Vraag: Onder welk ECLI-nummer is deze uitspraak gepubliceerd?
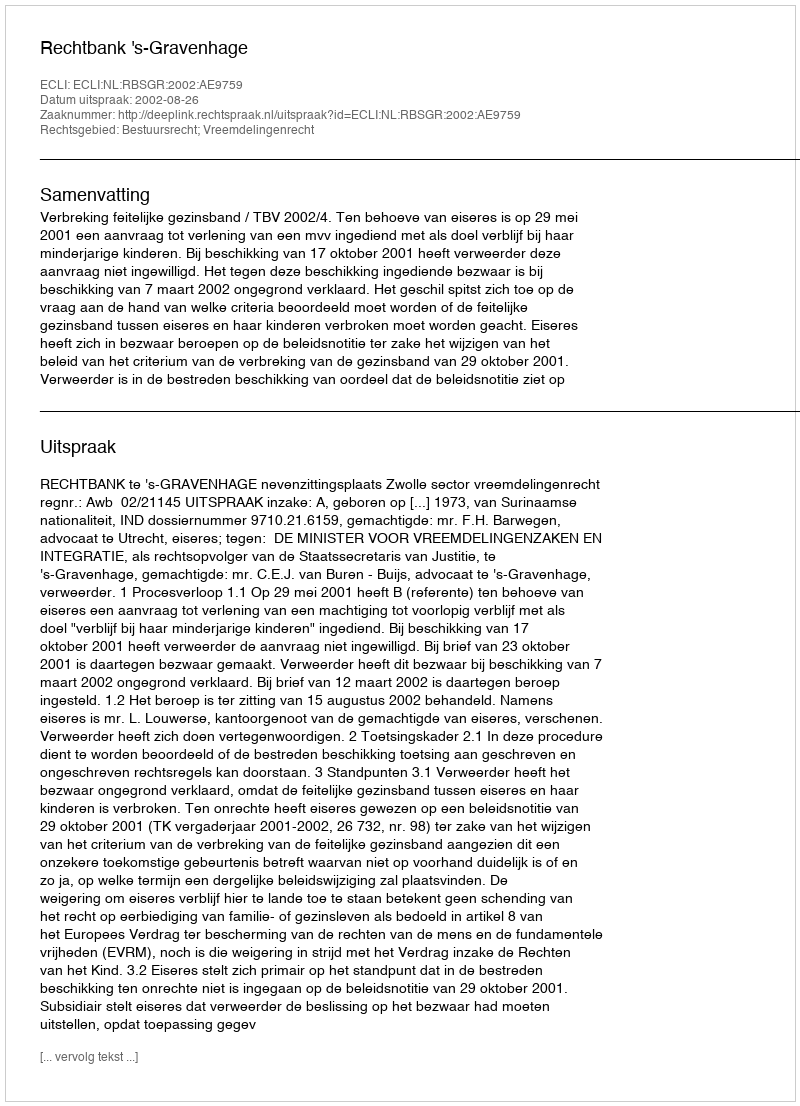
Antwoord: ECLI:NL:RBSGR:2002:AE9759